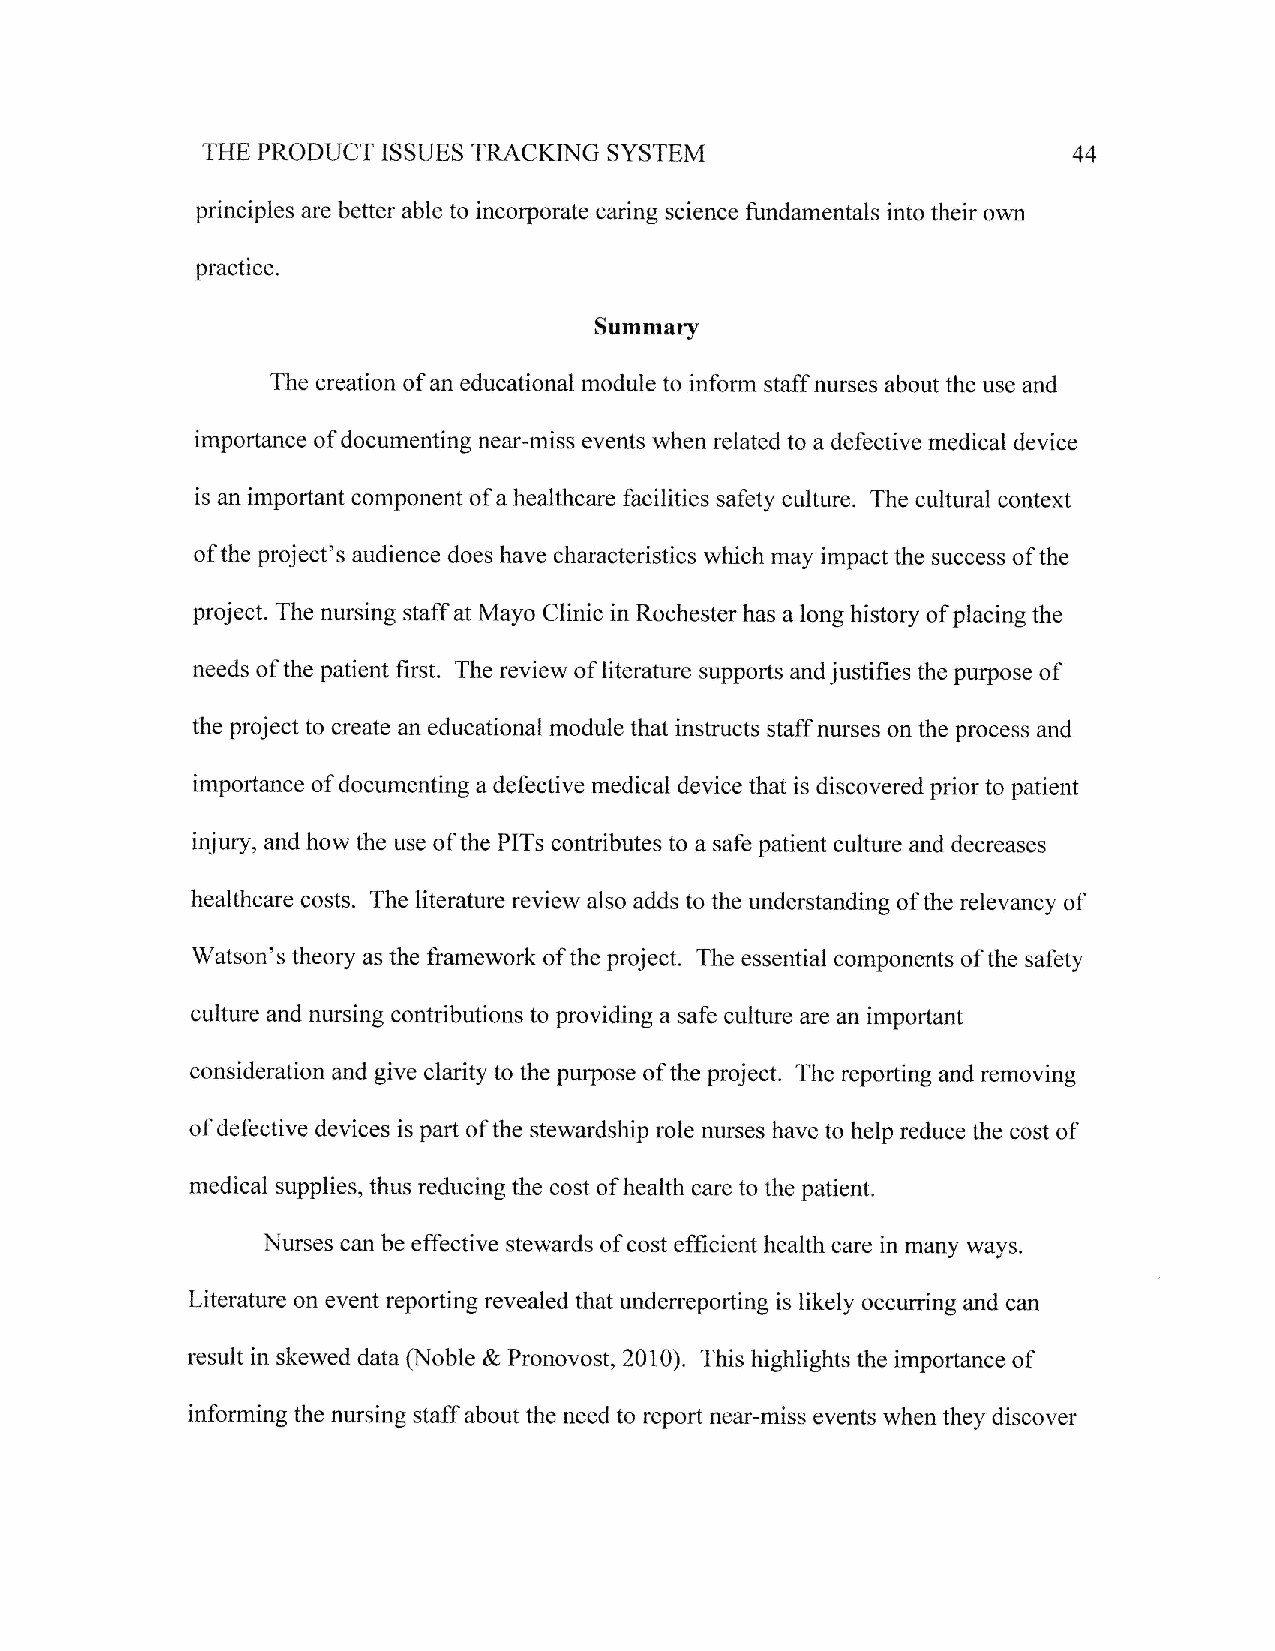
SYSTEM
 THE PRODUCT ISSUES TRACKING                               44
 principles are better able to incorporate caring science fundamentals into their own
 practice.
 Summary
 The creation of an educational module to inform staff nurses about the use and
 importance of documenting near-miss events when related to a defective medical device
 is an important component of a healthcare facilities safety culture. The cultural context
 of the project's audience does have characteristics which may irnpact the success of the
 project. The nursing staff at Mayo Clinic in Rochester has a long history of placing the
 needs of the patient first. The review of literature supports and justifies the purpose of
 the project to create an educational module that instructs staff nurses on the process and
 impoftance of documenting a defective medical device that is discovered prior to patient
 irjury, and how the use of the PITs contributes to a safe patient culture and decreases
 healthcare costs. The literature review also adds to the understanding of the relevancy of
 Watson's theory as the framework of the project. The essential components of the safety
 culture and nursing contributions to providing a safe culture are an important
 consideration and give clarity to the putpose of the project. The reporting and removing
 of defective devices is part of the stewardship role nurses have to hetp reduce the cost of
 medical supplies, thus reducing the cost of health care to the patient.
 Nurses can be effective stewards of cost efficient health care in many ways.
 Literature on event reporting revealed that underreporting is likely occurring and can
 result in skewed data (irloble & Pronovost,2010). This highlights the importance of
 informing the nursing stalf about the need to report near-miss events when they discover